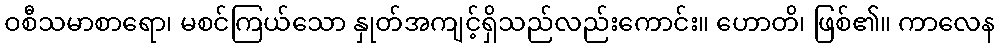
ဝစီသမာစာရော၊ မစင်ကြယ်သော နှုတ်အကျင့်ရှိသည်လည်းကောင်း။ ဟောတိ၊ ဖြစ်၏။ ကာလေန